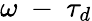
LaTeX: \omega\mathrm{~-~}\tau_{d}